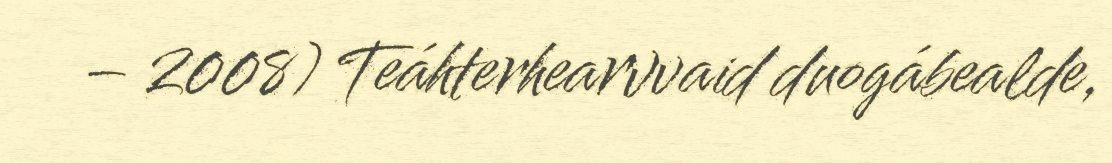
– 2008) Teáhterhearvvaid duogábealde,